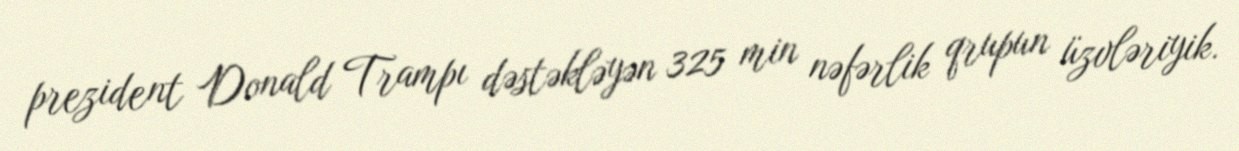
prezident Donald Trampı dəstəkləyən 325 min nəfərlik qrupun üzvləriyik.